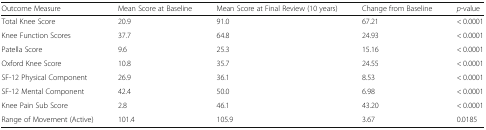
<table><thead><tr><td><b>Outcome Measure</b></td><td><b>Mean Score at Baseline</b></td><td><b>Mean Score at Final Review (10 years)</b></td><td><b>Change from Baseline</b></td><td><b><i>p</i>-value</b></td></tr></thead><tbody><tr><td>Total Knee Score</td><td>20.9</td><td>91.0</td><td>67.21</td><td>&lt; 0.0001</td></tr><tr><td>Knee Function Scores</td><td>37.7</td><td>64.8</td><td>24.93</td><td>&lt; 0.0001</td></tr><tr><td>Patella Score</td><td>9.6</td><td>25.3</td><td>15.16</td><td>&lt; 0.0001</td></tr><tr><td>Oxford Knee Score</td><td>10.8</td><td>35.7</td><td>24.55</td><td>&lt; 0.0001</td></tr><tr><td>SF-12 Physical Component</td><td>26.9</td><td>36.1</td><td>8.53</td><td>&lt; 0.0001</td></tr><tr><td>SF-12 Mental Component</td><td>42.4</td><td>50.0</td><td>6.98</td><td>&lt; 0.0001</td></tr><tr><td>Knee Pain Sub Score</td><td>2.8</td><td>46.1</td><td>43.20</td><td>&lt; 0.0001</td></tr><tr><td>Range of Movement (Active)</td><td>101.4</td><td>105.9</td><td>3.67</td><td>0.0185</td></tr></tbody></table>